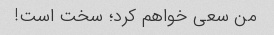
من سعی خواهم کرد؛ سخت است!